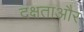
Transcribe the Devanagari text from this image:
दक्षताऔर